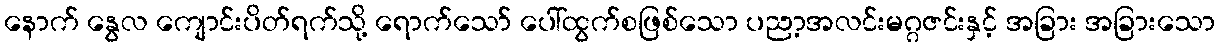
နောက် နွေလ ကျောင်းပိတ်ရက်သို့ ရောက်သော် ပေါ်ထွက်စဖြစ်သော ပညာ့အလင်းမဂ္ဂဇင်းနှင့် အခြား အခြားသော